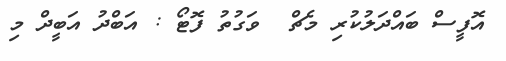
އޮފީސް ބައްދަލުކުރި މެޗް  ވަގުތު ފޮޓޯ : އަބްދު އަބީދް މި